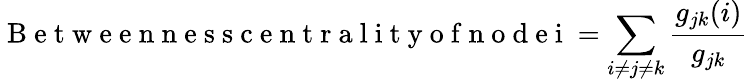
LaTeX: \mathrm{~B~e~t~w~e~e~n~n~e~s~s~c~e~n~t~r~a~l~i~t~y~o~f~n~o~d~e~i~}=\sum_{i\neq j\neq k}\frac{g_{jk}(i)}{g_{jk}}